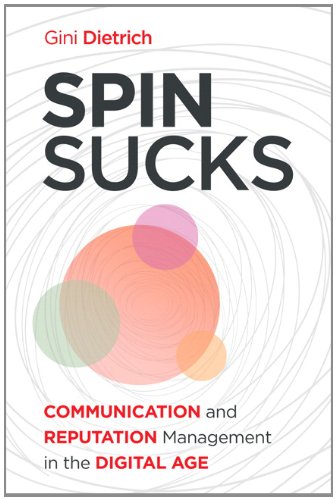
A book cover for Spin Sucks: Communication and Reputation Management in the Digital Age (Que Biz-Tech); Gini Dietrich; Business & Money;